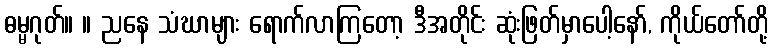
ဓမ္မဂုတ်။ ။ ညနေ သံဃာများ ရောက်လာကြတော့ ဒီအတိုင်း ဆုံးဖြတ်မှာပေါ့နော်, ကိုယ်တော်တို့